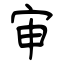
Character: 审